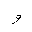
Letter: _waw